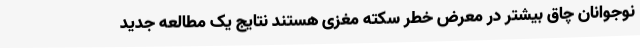
نوجوانان چاق بیشتر در معرض خطر سکته مغزی هستند نتایج یک مطالعه جدید